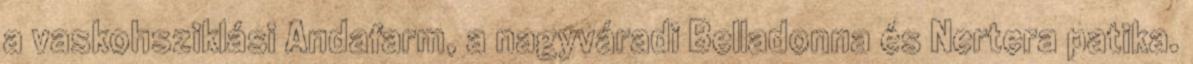
a vaskohsziklási Andafarm, a nagyváradi Belladonna és Nertera patika.